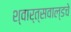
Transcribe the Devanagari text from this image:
श्वार्त्सवाल्डचे